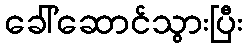
ခေါ်ဆောင်သွားပြီး